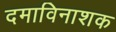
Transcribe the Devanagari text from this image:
दमाविनाशक